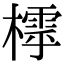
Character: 𣛲